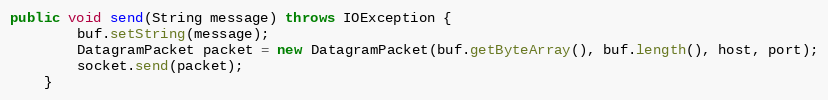
Language: Java
public void send(String message) throws IOException {
        buf.setString(message);
        DatagramPacket packet = new DatagramPacket(buf.getByteArray(), buf.length(), host, port);
        socket.send(packet);
    }